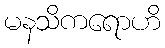
မနသိကရောဟိ